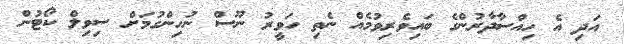
އަދި އެ ހިއްސާދާރުންގެ ބައިވެރިވުމެއް ނެތި ހަވީރު ނޫސް ނުހިންގުމަށް ސިވިލް ކޯޓުން